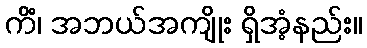
ကိံ၊ အဘယ်အကျိုး ရှိအံ့နည်း။